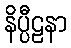
နိပ္ပီဠနာ